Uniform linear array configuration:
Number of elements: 64
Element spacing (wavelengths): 0.75
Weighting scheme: uniform
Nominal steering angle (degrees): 30
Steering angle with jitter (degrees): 29.956
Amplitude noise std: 0.05
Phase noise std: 0.05

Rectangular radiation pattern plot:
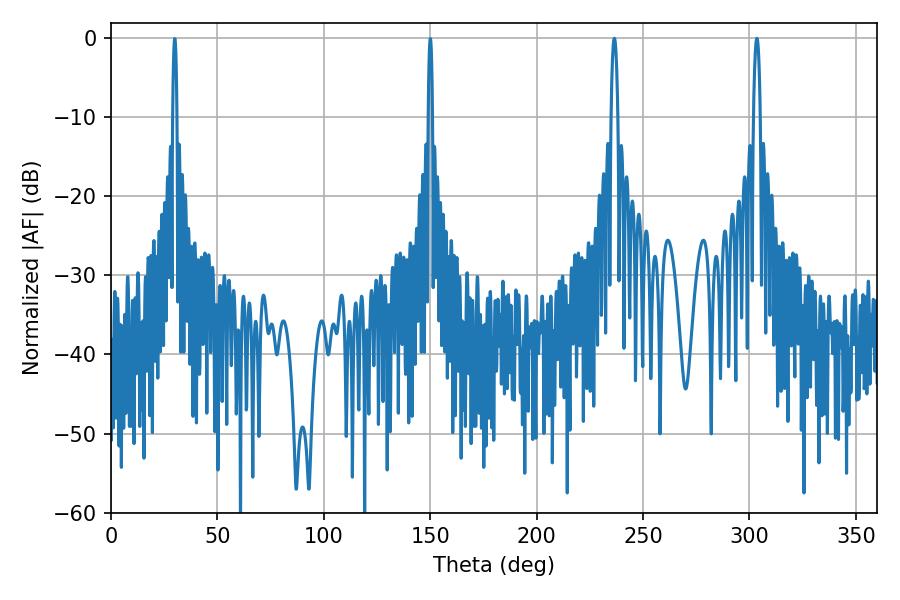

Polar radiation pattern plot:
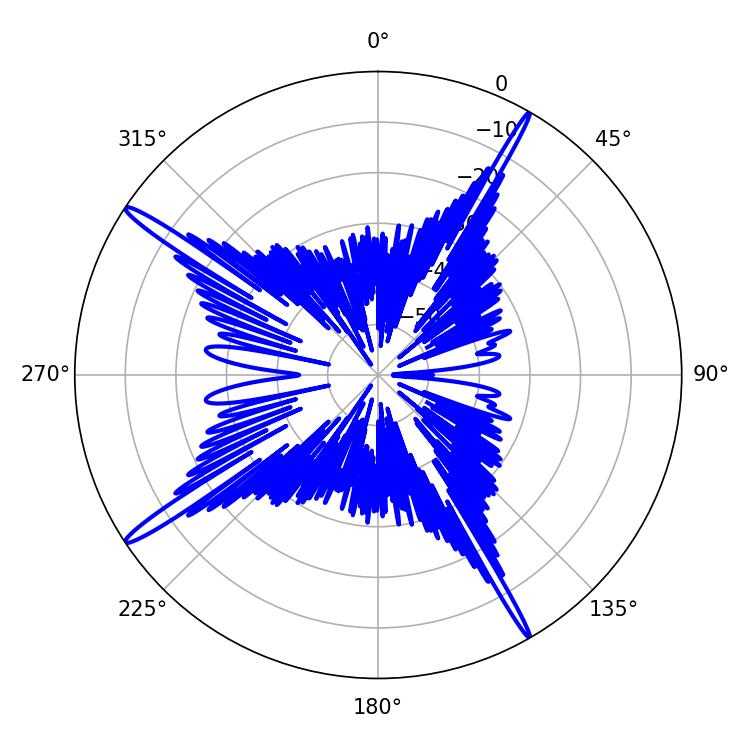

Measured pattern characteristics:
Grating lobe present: TRUE
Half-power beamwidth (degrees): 1.8
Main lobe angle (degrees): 236.52